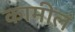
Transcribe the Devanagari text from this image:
कामीलं